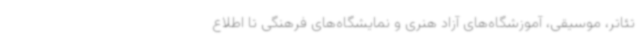
تئاتر، موسیقی، آموزشگاه‌های آزاد هنری و نمایشگاه‌های فرهنگی تا اطلاع